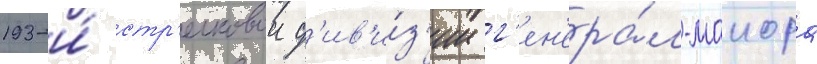
193-и́ стр'елковои д'ив'и́з'ии г'ен'ера́л-маиора